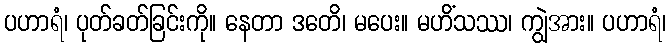
ပဟာရံ၊ ပုတ်ခတ်ခြင်းကို။ နေတာ ဒတေိ၊ မပေး။ မဟိံသဿ၊ ကျွဲအား။ ပဟာရံ၊